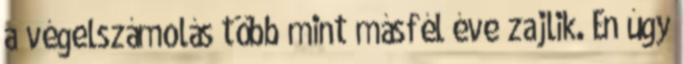
a végelszámolás több mint másfél éve zajlik. Én úgy